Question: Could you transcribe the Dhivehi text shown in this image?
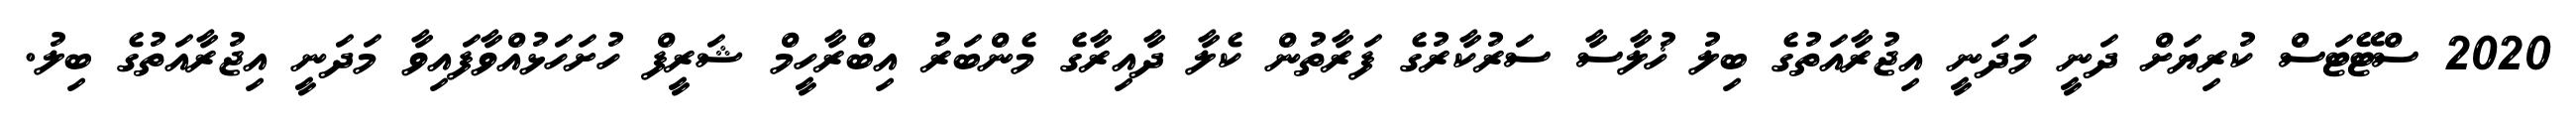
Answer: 2020 ސްޓޭޓަސް ކުރިޔަށް ދަނީ މަދަނީ އިޖުރާއަތުގެ ބިލު ޚުލާސާ ސަރުކާރުގެ ފަރާތުން ކެލާ ދާއިރާގެ މެންބަރު އިބްރާހީމް ޝަރީފް ހުށަހަޅުއްވާފައިވާ މަދަނީ އިޖުރާއަތުގެ ބިލު.